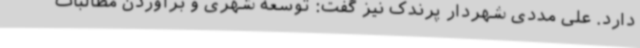
دارد. علی مددی شهردار پرندک نیز گفت: توسعه شهری و برآوردن مطالبات